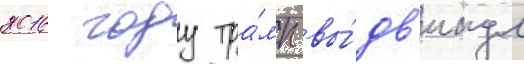
2016 году тра́мп вы́дв'инул